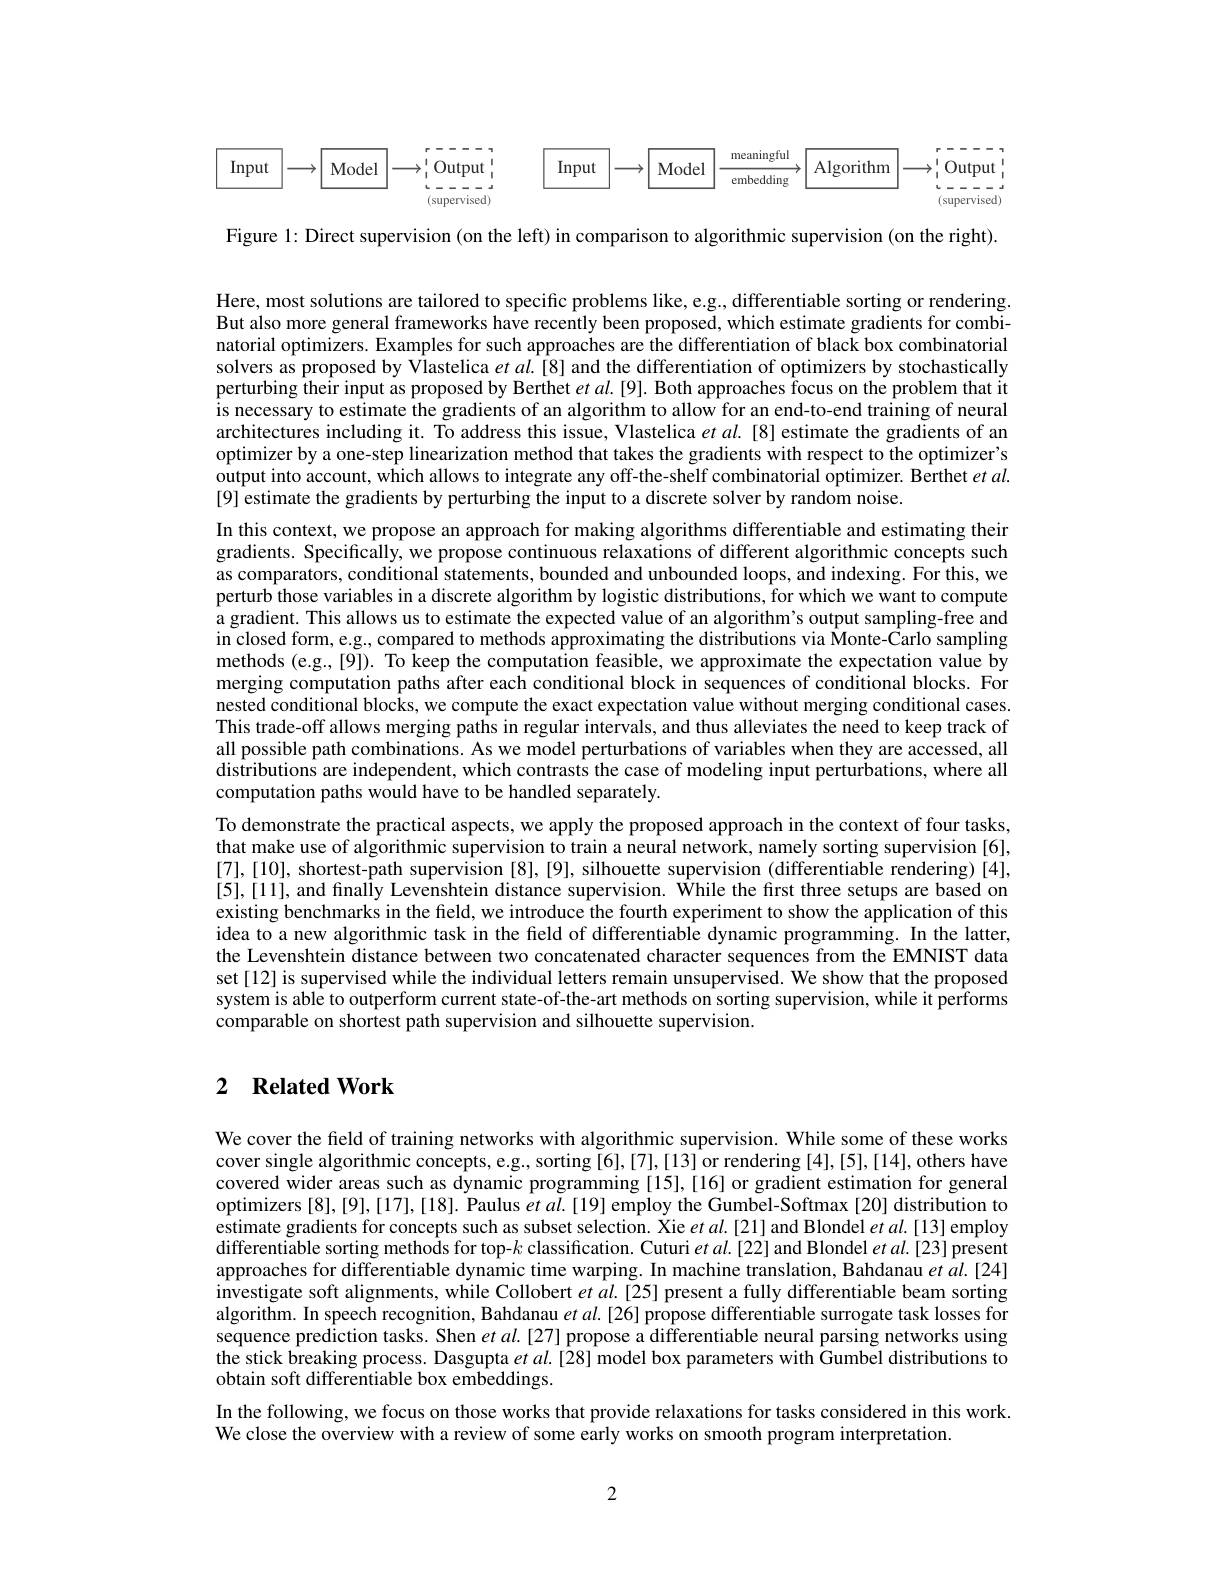
<FigureHere>

Figure 1: Direct supervision (on the left) in comparison to algorithmic supervision (on the right).

Here, most solutions are tailored to specific problems like, e.g., differentiable sorting or rendering. But also more general frameworks have recently been proposed, which estimate gradients for combinatorial optimizers. Examples for such approaches are the differentiation of black box combinatorial solvers as proposed by Vlastelica $etal.[8]$ and the differentiation of optimizers by stochastically perturbing their input as proposed by Berthet $etal.[9].$ Both approaches focus on the problem that it is necessary to estimate the gradients of an algorithm to allow for an end-to-end training of neural architectures including it. To address this issue, Vlastelica $et$ al.[8] estimate the gradients of an optimizer by a one-step linearization method that takes the gradients with respect to the optimizer's $\hat{\text{output into account, which allows to integrate any off-the-shelf combinatorial optimizer. Berthet }etal.}$ [9] estimate the gradients by perturbing the input to a discrete solver by random noise.
In this context, we propose an approach for making algorithms differentiable and estimating their gradients. Specifically, we propose continuous relaxations of different algorithmic concepts such as comparators, conditional statements, bounded and unbounded loops, and indexing. For this, we perturb those variables in a discrete algorithm by logistic distributions, for which we want to compute $\hat{\text{a gradient. This allows us to estimate the expected value of an algorithm's output sampling-free and}}$ in closed form, e.g, compared to methods approximating the distributions via Monte-Carlo sampling methods (e.g.,[9]). To keep the computation feasible, we approximate the expectation value by merging computation paths after each conditional block in sequences of conditional blocks. For nested conditional blocks, we compute the exact expectation value without merging conditional cases. This trade-off allows merging paths in regular intervals, and thus alleviates the need to keep track of all possible path combinations. As we model perturbations of variables when they are accessed, all distributions are independent, which contrasts the case of modeling input perturbations, where all computation paths would have to be handled separately.
To demonstrate the practical aspects, we apply the proposed approach in the context of four tasks, that make use of algorithmic supervision to train a neural network, namely sorting supervision [6], [7],[10], shortest-path supervision [8],[9], silhouette supervision (differentiable rendering)[4], $[ 5] , [ 11] , \text{ and final\^{I} y Levenshtein distance supervision. While the first three setups are based on}$ existing benchmarks in the field, we introduce the fourth experiment to show the application of this idea to a new algorithmic task in the field of differentiable dynamic programming. In the latter, the Levenshtein distance between two concatenated character sequences from the EMNIST data set[12] is supervised while the individual letters remain unsupervised. We show that the proposed system is able to outperform current state-of-the-art methods on sorting supervision, while it performs comparable on shortest path supervision and silhouette supervision.

## 2 $\textbf{Related Work}$

We cover the field of training networks with algorithmic supervision. While some of these works cover single algorithmic concepts, e.g., sorting [6],[7],[13] or rendering [4],[5],[14], others have covered wider areas such as dynamic programming [15],[16] or gradient estimation for general optimizers [8],[9],[17],[18]. Paulus $etal.[19]$ employ the Gumbel-Softmax [20] distribution to estimate gradients for concepts such as subset selection. Xie $etal.[21]$ and Blondel $etal.[13]$ employ differentiable sorting methods for top-$k$ classification. Cuturi et al.[22] and Blondel et al.[23] present approaches for differentiable dynamic time warping. In machine translation, Bahdanau $et\textit{al. [ 24] }$ investigate soft alignments, while Collobert $et\textit{al. [ 25] present a fully differentiable beam sorting}$ algorithm. In speech recognition, Bahdanau $etal.[26]$ propose differentiable surrogate task losses for sequence prediction tasks. Shen $etal.[27]$ propose a differentiable neural parsing networks using the stick breaking process. Dasgupta $et$ al.[28] model box parameters with Gumbel distributions to obtain soft differentiable box embeddings.
In the following, we focus on those works that provide relaxations for tasks considered in this work.
We close the overview with a review of some early works on smooth program interpretation.

2